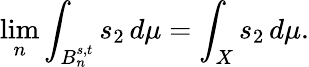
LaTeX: \operatorname*{lim}_{n}\int_{B_{n}^{s,t}}s_{2}\, d\mu=\int_{X}s_{2}\, d\mu.